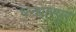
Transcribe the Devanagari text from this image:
पन्धारपुर